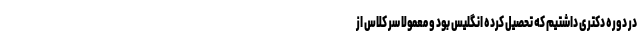
در دوره دکتری داشتیم که تحصیل کرده انگلیس بود و معمولا سر کلاس از